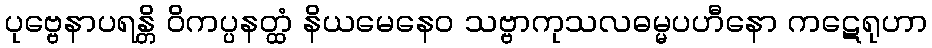
ပုဗ္ဗေနာပရန္တိ ဝိကပ္ပနတ္ထံ နိယမေနေဝ သဗ္ဗာကုသလဓမ္မပဟီနော ကဋေရုဟာ